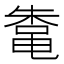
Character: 𬹣